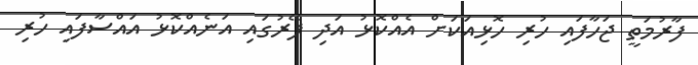
ފާރުމަތީ ޖަހާފައި ހުރި ހޮޅިއަކަށް އެއްކޮޅު އަދި ފޭރުގައި އަނެއްކޮޅު އައްސާފައި ހުރި